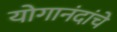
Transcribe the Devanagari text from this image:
योगानंदांचे